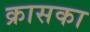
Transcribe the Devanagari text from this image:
क्रासका